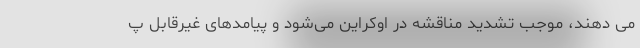
می دهند، موجب تشدید مناقشه در اوکراین می‌شود و پیامدهای غیرقابل پ